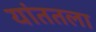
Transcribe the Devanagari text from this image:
यांततला